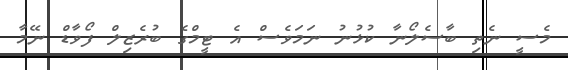
މެސީ ނެތި ބާސެލޯނާ ކުޅުނު ނަމަވެސް އެ ޓީމްގެ ބުރެޒިލް ފޯވާޑް ނޭމާ